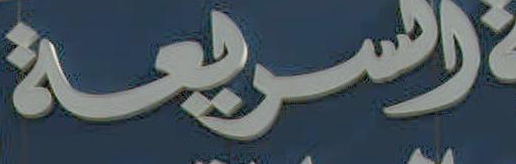
السريعة